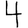
Digit: 4